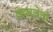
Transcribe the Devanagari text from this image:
कमलेची